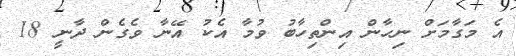
އެ މަގާމަށް ނިހާން އިންތިހާބު ވުމާ އެކު އޭނާ ވެގެން ދާނީ 18